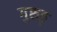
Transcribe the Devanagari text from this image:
गुरुङ्